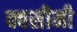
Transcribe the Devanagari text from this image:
क्वसीमी